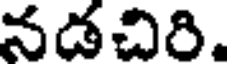
నడచిరి.